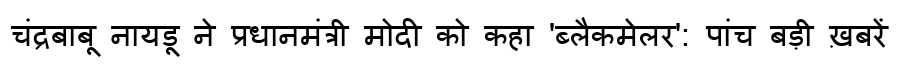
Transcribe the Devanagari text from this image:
चंद्रबाबू नायडू ने प्रधानमंत्री मोदी को कहा 'ब्लैकमेलर': पांच बड़ी ख़बरें